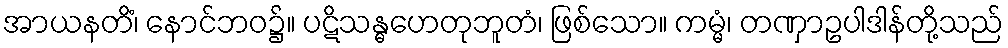
အာယနတိံ၊ နောင်ဘဝ၌။ ပဋိသန္ဓဟေတုဘူတံ၊ ဖြစ်သော။ ကမ္မံ၊ တဏှာဥပါဒါန်တို့သည်